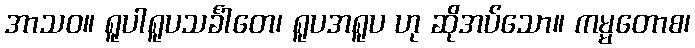
အာသဝ။ ရူပါရူပသင်္ခါတေ၊ ရူပအရူပ ဟု ဆိုအပ်သော။ ကမ္မတောစ၊